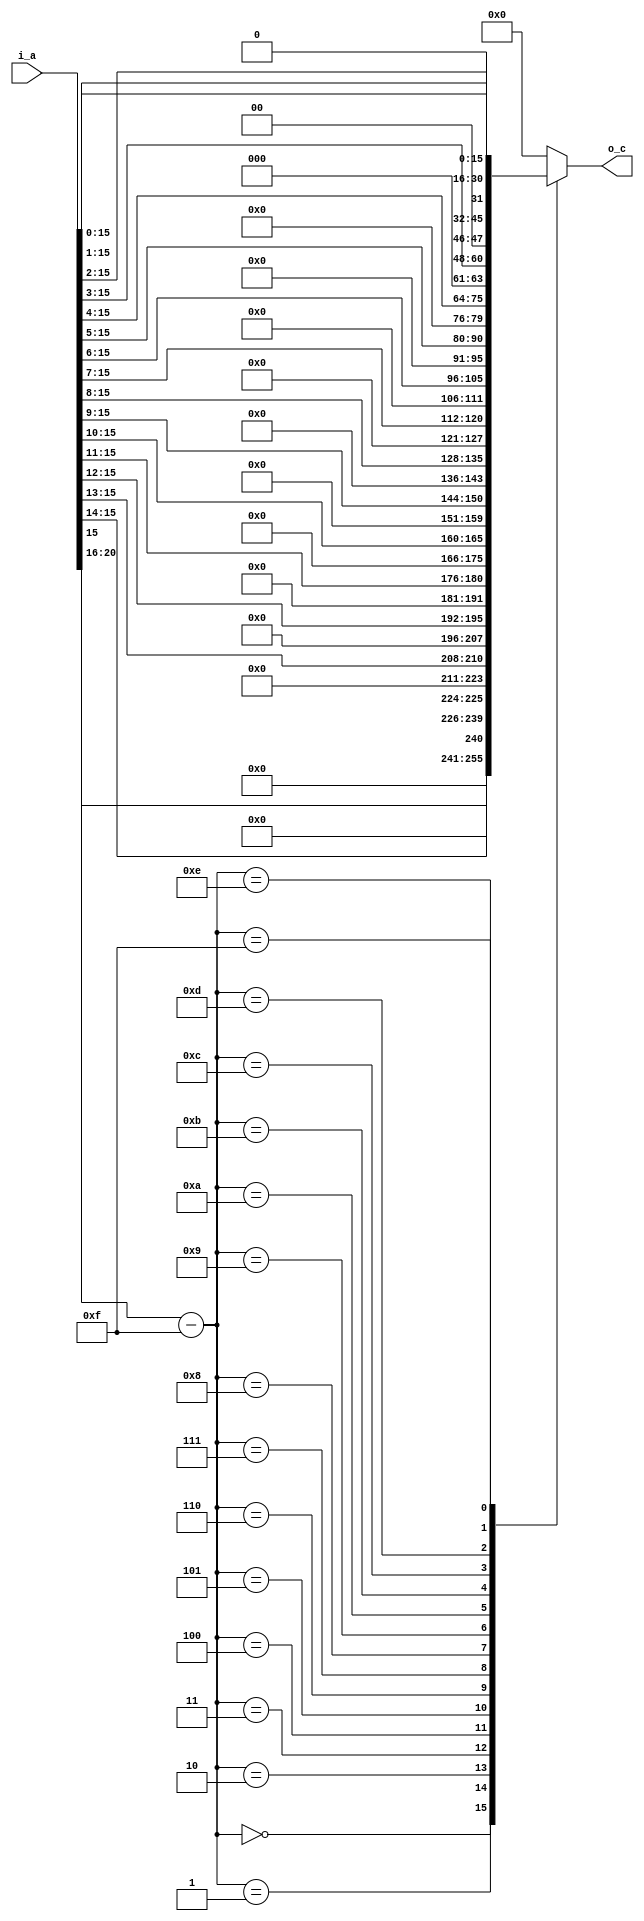
// for rounding up just add 0.5
module fp_to_int(

    input [21:0] i_a , 
    output [15:0] o_c
); 

    wire [4:0] w_exp, w_exp_comp;  
    wire [15:0]w_mantissa;
    assign w_exp = i_a[20:16];
    assign w_mantissa = i_a[15:0];
    assign w_exp_comp = w_exp - 5'd15; 
    function [15:0] fp_convert; 
        input [21:0] fp ; 
        input [4:0] ee ;
         case (ee[4:0])
                    5'd0:  fp_convert = {15'b0,fp[15]};    // bias 0
                    5'd1:  fp_convert = {14'b0,fp[15:14]};
                    5'd2:  fp_convert = {13'b0,fp[15:13]};
                    5'd3:  fp_convert = {12'b0,fp[15:12]};
                    5'd4:  fp_convert = {11'b0,fp[15:11]};
                    5'd5:  fp_convert = {10'b0,fp[15:10]};
                    5'd6:  fp_convert = {9'b0,fp[15:9]};
                    5'd7:  fp_convert = {8'b0,fp[15:8]};
                    5'd8:  fp_convert = {7'b0,fp[15:7]};
                    5'd9:  fp_convert = {6'b0,fp[15:6]};
                    5'd10: fp_convert = {5'b0,fp[15:5]};
                    5'd11: fp_convert = {4'b0,fp[15:4]};
                    5'd12: fp_convert = {3'b0,fp[15:3]};
                    5'd13: fp_convert = {2'b0,fp[15:2]};
                    5'd14: fp_convert = {1'b0,fp[15:1]};
                    5'd15: fp_convert = fp[15:0];
                    default: fp_convert= 16'h0;
                endcase
    endfunction
    assign o_c = fp_convert(i_a , w_exp_comp); 

endmodule